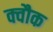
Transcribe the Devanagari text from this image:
क्वौक